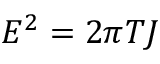
E ^ { 2 } = 2 \pi T J